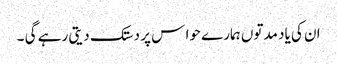
ان کی یاد مدتوں ہمارے حوا س پر دستک دیتی رہے گی ۔